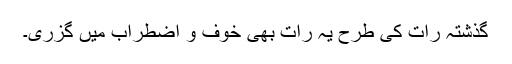
گذشتہ رات کی طرح یہ رات بھی خوف و اضطراب میں گزری۔